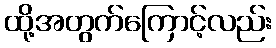
ထို့အတွက်ကြောင့်လည်း